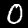
Digit: 0